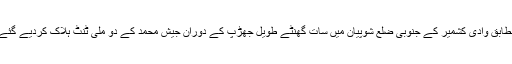
روزنامہ ٹری بیون کی ایک خبر کے مطابق وادیٔ کشمیر کے جنوبی ضلع شوپیان میں سات گھنٹے طویل جھڑپ کے دوران جیش محمد کے دو ملی ٹنٹ ہلاک کردیے گئے، ان میں سے ایک پاکستانی شہری تھا۔